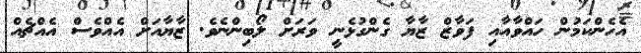
އެހެންކަމުން ހައްވާއާއި ފަވާޒް ޒާޔާ ގެންގުޅެނީ ވަރަށް ލޯބިންނެވެ. ޒާޔާއަށް އެއްވެސް އެއްޗެއް